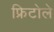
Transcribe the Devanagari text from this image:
फ्रिटोले